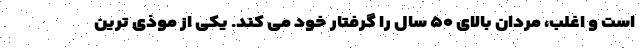
است و اغلب، مردان بالای ۵۰ سال را گرفتار خود می کند. یکی از موذی ترین